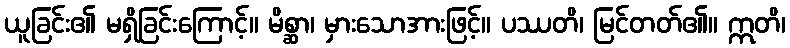
ယူခြင်း၏ မရှိခြင်းကြောင့်။ မိစ္ဆာ၊ မှားသောအားဖြင့်။ ပဿတိ၊ မြင်တတ်၏။ ဣတိ၊